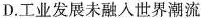
D.工业发展未融入世界潮流